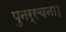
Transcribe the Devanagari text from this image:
पुनर्रचना।